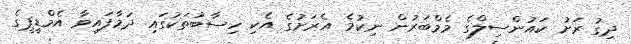
ދިގު ރަށު ކައުންސިލްގެ މެމްބަރުން ނިކުމެ އެރަށުގެ އެކި ހިސާބުތަކުގައި ދަމާފައިވާ އެމްޑީޕީގެ